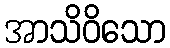
အာသိဝိသော